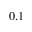
0 . 1